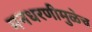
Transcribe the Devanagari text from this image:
मनधरणीमुळेच